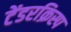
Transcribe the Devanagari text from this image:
टेंडरक्रिस्प